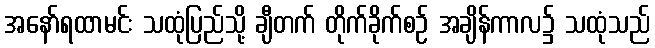
အနော်ရထာမင်း သထုံပြည်သို့ ချီတက် တိုက်ခိုက်စဉ် အချိန်ကာလ၌ သထုံသည်